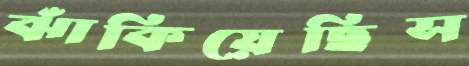
ঝাঁকিয়েছিস